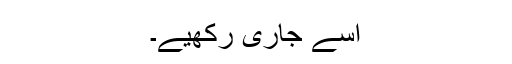
اسے جاری رکھیے۔